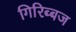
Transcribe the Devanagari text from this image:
गिरिब्बज